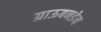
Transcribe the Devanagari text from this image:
ग्राऊबनडेन